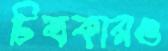
চিত্রকারও